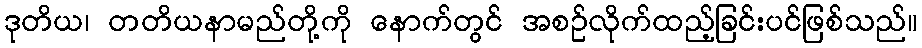
ဒုတိယ၊ တတိယနာမည်တို့ကို နောက်တွင် အစဉ်လိုက်ထည့်ခြင်းပင်ဖြစ်သည်။